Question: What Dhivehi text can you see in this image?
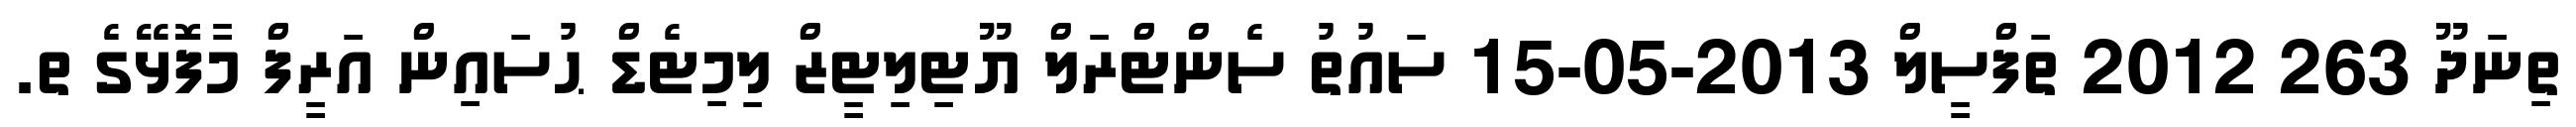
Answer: ތިނަދޫ 263 2012 ތަފްސީލް 2013-05-15 ސައުތު ސެންޓްރަލް ޔޫޓިލިޓީޒް ލިމިޓެޑް ޙުސައިން އަރީފް މާފޮޅޭގެ ތ.